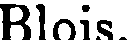
Blois.